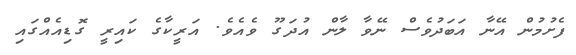
ފެށުމުން އޭނާ އަބަދުވެސް ނޭވާ ލާން އުދަގޫ ވެއެވެ. އަރީކާގެ ކައިރީ ގޮޑިއެއްގައި